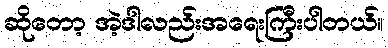
ဆိုတော့ အဲ့ဒါလည်းအရေးကြီးပါတယ်။